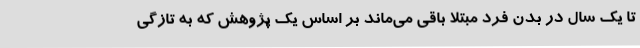
تا یک سال در بدن فرد مبتلا باقی می‌ماند بر اساس یک پژوهش که به تازگی